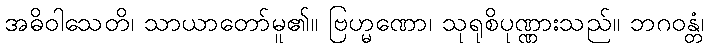
အဓိဝါသေတိ၊ သာယာတော်မူ၏။ ဗြဟ္မဏော၊ သုရုစိပုဏ္ဏားသည်။ ဘဂဝန္တံ၊